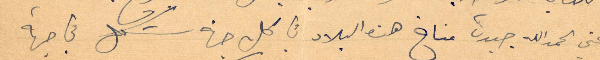
صحتي الحمدالله جيدة مناخ هذه البلاد في كل جهة شكل في جهة